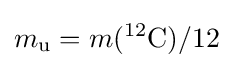
m_{\text{u}}=m({}^{12}{\text{C}})/12